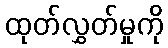
ထုတ်လွှတ်မှုကို